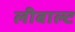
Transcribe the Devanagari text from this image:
लीबाल्ट